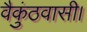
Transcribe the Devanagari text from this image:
वैकुंठवासी।